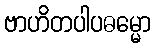
ဗာဟိတပါပဓမ္မော